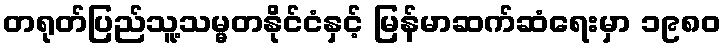
တရုတ်ပြည်သူ့သမ္မတနိုင်ငံနှင့် မြန်မာဆက်ဆံရေးမှာ ၁၉၈၀